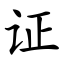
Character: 证